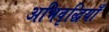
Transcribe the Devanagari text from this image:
अभिवृद्धियाँ